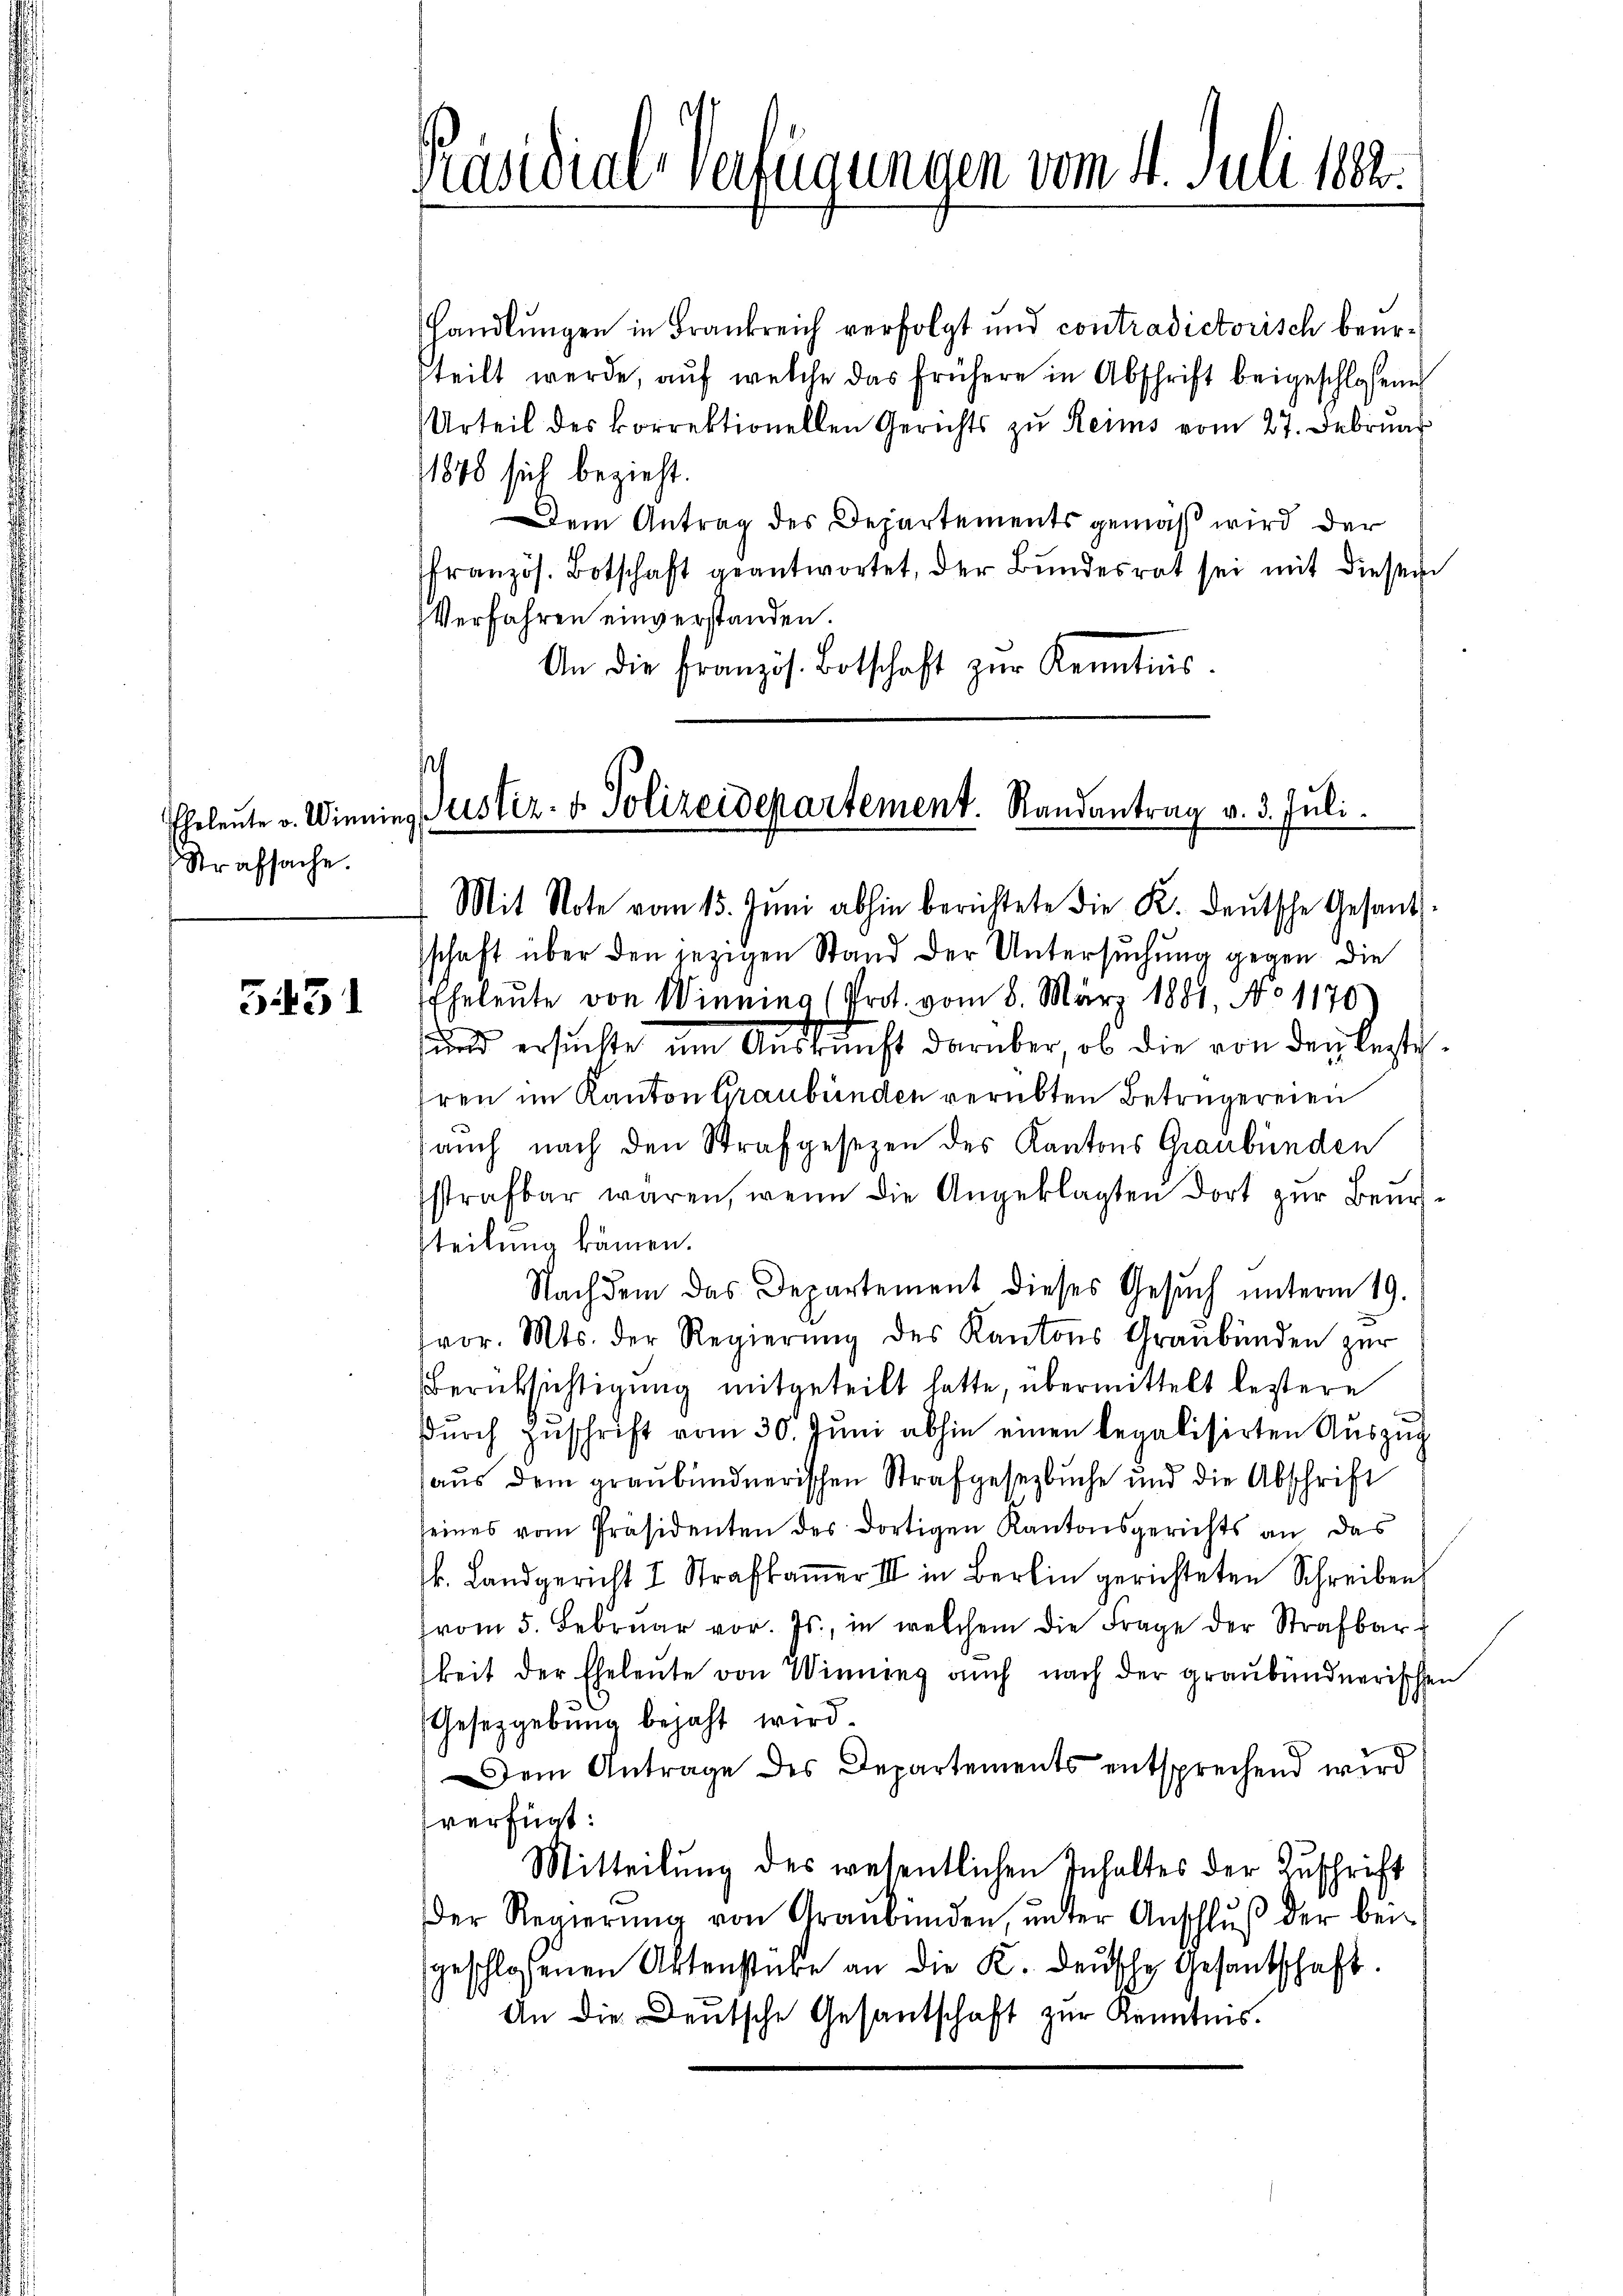
Eheleute v. Winni
Strafsache.

5431

Präsidial-Verfügungen vom 4. Juli 1882.

.
 Justiz- & Polizeidepartement. Randantrag v. 3. Juli.
Mit Note vom 15. Juni abhin berichtete die K. deŭtsche Gesandt-
schaft über den jezigen Stand der Untersuchung gegen die

handlungen in Frankreich verfolgt und contradictorisch beurteilt werde, auf welche das frühere in Abschrift beigeschlossen
Urteil des korrektionellen Gerichts zu Reims vom 27. Februar
1848 sich bezieht.
Dem Antrag des Departements gemäß wird der
französ. Botschaft geantwortet, der Bŭndesrat sei mit diesem
Verfahren einverstanden.
An die Französ. Botschaft zŭr Kenntnis.
Eheleute von Winnina (Prot. vom 8. März 1881, No 1170
und ersuchte um Ausrunft darüber, ob die von den lezteren im Kanton Graubünden verübten Betrügereien
auch nach den Strafgesezen des Kantons Graubünden
sstrafbar waren, wenn die Angeklagten dort zur Beursteilung kämen.
Nachdem das Departement dieses Gesŭch ŭnterm 19.
vor. Mts. der Regierŭng des Kantons Graubünden zŭr
Berüksichtigung mitgeteilt hatte, übermittelt leztere
dŭrch zŭschrift vom 30. Jŭni abhin einen legalisirten Aŭszŭg
aus dem graubündnerischen Strafgesezbuche und die Abschrift
seines vom Präsidenten des dortigen Kantonsgerichts an das
k. Landgericht I Strafkamer III in Berlin gerichteten Schreiben
vom 5. Febrŭar vor. Js., in welchem die Frage der Strafbar
keit der Eheleute von Winning auch nach der graubündnerischen
Gesetzgebung bejaht wird.
Dem Antrage des Departements entsprechend wird
verfügt:
Mitteilung des wesentlichen Inhaltes der Zuschrift
der Regierŭng von Graubünden, ŭnter Anschlŭβ der bei-
geschlossenen Aktenstüke an die K. Deusche Gesantschaft.
An die Deutsche Gesantschaft zur Kenntnis.